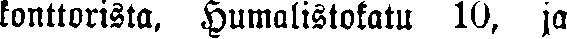
konttorissa, Humalistokatu 10, ja